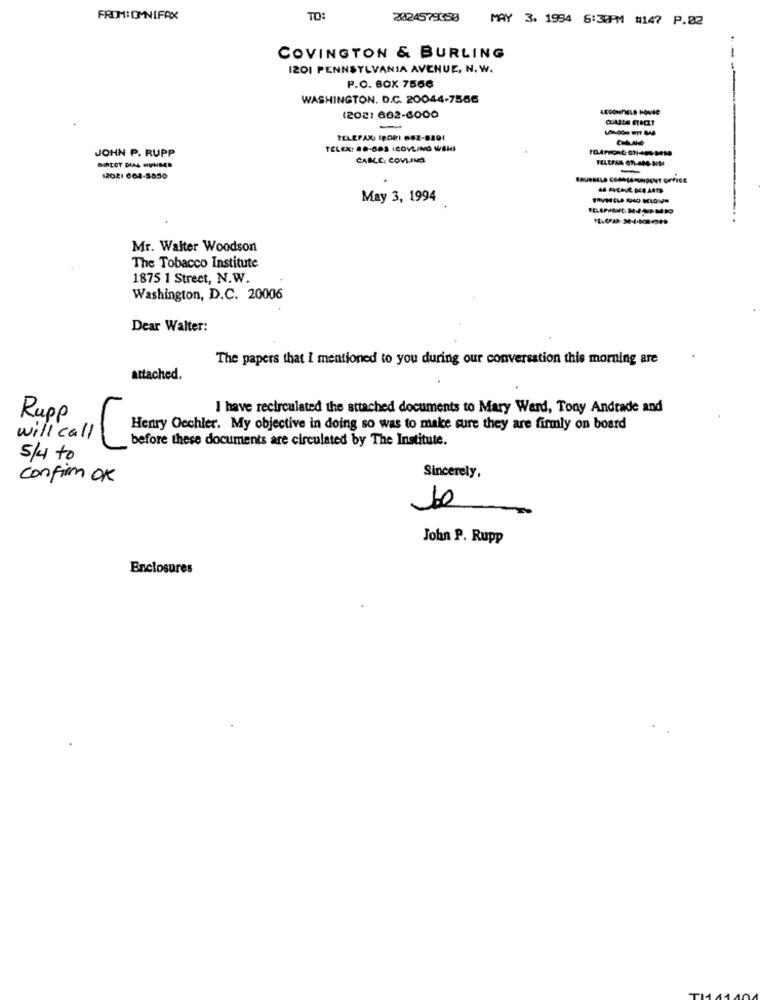
FROM: OMNIFAX
TO:
2024579650
MAY 3. 1954 6:30PM #147 P.B2
COVINGTON & BURLING
I201 PENNSYLVANIA AVENUE, N. W.
P.O. BOX 7566
WASHINGTON. D.C. 20044-7556
(2021 662-6000
---
TELEFAX, IPORI 6OZ-DIO!
JOHN P. RUPP
TELEK: 8 .- 683 1COVLING WASHI
CABLE: COWLING
BIRTOT DIAL MUNBER
-
12021 664-5850
May 3, 1994
Mr. Walter Woodson
The Tobacco Institute
1875 1 Strect, N.W.
Washington, D.C. 20006
Dear Walter:
The papers that I mentioned to you during our conversation this morning are
attached.
I have recirculated the attached documents to Mary Ward, Tony Andrade and
Rupp
Henry Oechler. My objective in doing so was to make sure they are firmly on board
will call
before these documents are circulated by The Institute.
5/4 to
confirm OK
Sincerely,
1.0
John P. Rupp
Enclosures